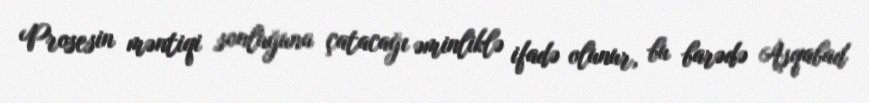
Prosesin məntiqi sonluğuna çatacağı əminliklə ifadə olunur, bu barədə Aşqabad